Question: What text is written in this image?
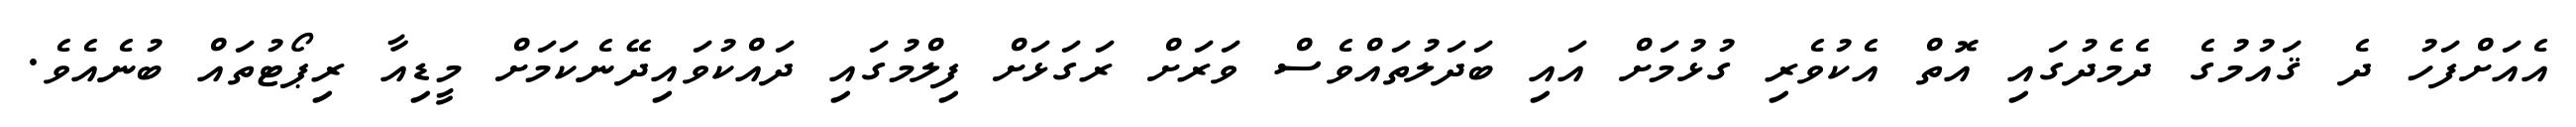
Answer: އެއަށްފަހު ދެ ޤައުމުގެ ދެމެދުގައި އޮތް އެކުވެރި ގުޅުމަށް އައި ބަދަލުތައްވެސް ވަރަށް ރަގަޅަށް ފިލްމުގައި ދައްކުވައިދޭނެކަމަށް މީޑިއާ ރިޕޯޓުތައް ބުނެއެވެ.